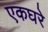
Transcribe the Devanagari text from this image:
एकघरे